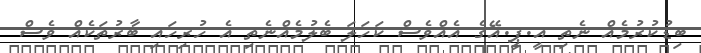
ބިޑުކުރުމެއް ނެތި އީ.ޕީ.އޭގެ އެއްވެސް ކަހަލަ ބެލުމެއްނެތި އެ ހުރިހައި ބާރުތަކެއް ވެސް